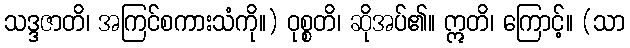
သဒ္ဒဇာတိ၊ အကြင်စကားသံကို။) ဝုစ္စတိ၊ ဆိုအပ်၏။ ဣတိ၊ ကြောင့်။ (သာ